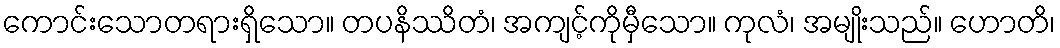
ကောင်းသောတရားရှိသော။ တပနိဿိတံ၊ အကျင့်ကိုမှီသော။ ကုလံ၊ အမျိုးသည်။ ဟောတိ၊